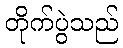
တိုက်ပွဲသည်